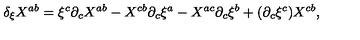
\delta _ { \xi } X ^ { a b } = \xi ^ { c } \partial _ { c } X ^ { a b } - X ^ { c b } \partial _ { c } \xi ^ { a } - X ^ { a c } \partial _ { c } \xi ^ { b } + ( \partial _ { c } \xi ^ { c } ) X ^ { c b } ,